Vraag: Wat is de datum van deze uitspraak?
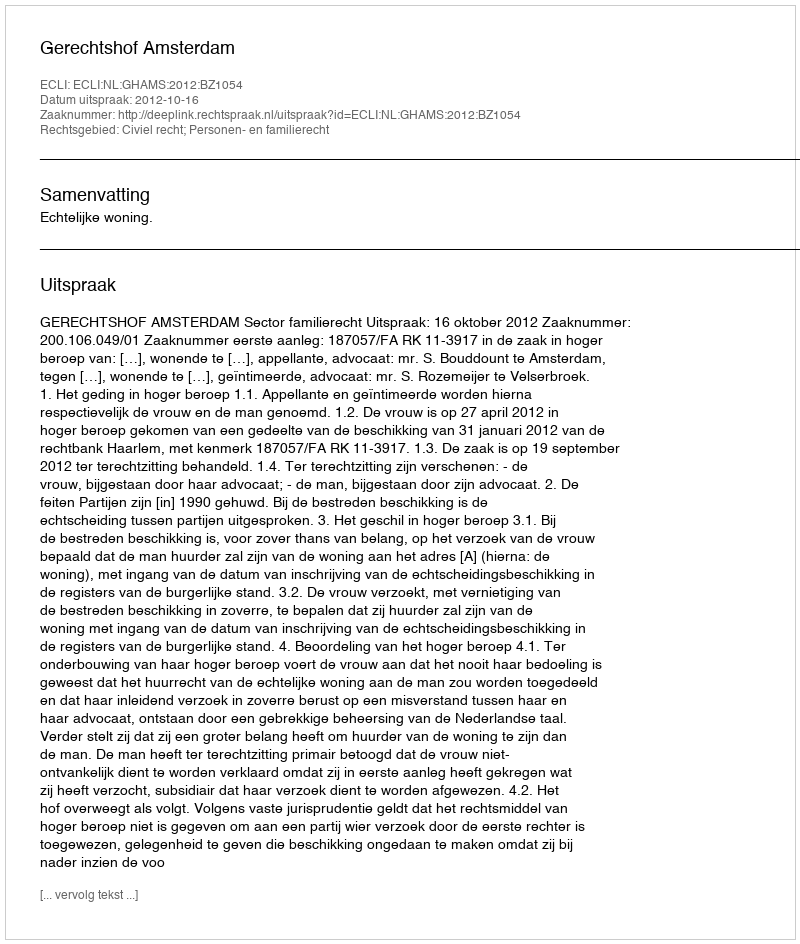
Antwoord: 2012-10-16